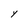
Character: Y